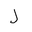
Letter: _lam